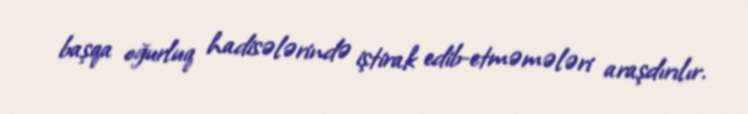
başqa oğurluq hadisələrində iştirak edib-etməmələri araşdırılır.